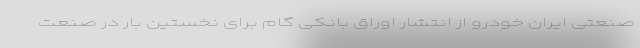
صنعتی ایران خودرو از انتشار اوراق بانکی گام برای نخستین بار در صنعت